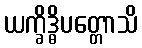
ယက္ခိဒ္ဓိပတ္တောသိ